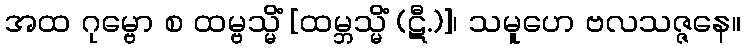
အထ ဂုမ္ဗော စ ထမ္ဗသ္မိံ [ထမ္ဘသ္မိံ (ဋီ.)]၊ သမူဟေ ဗလသဇ္ဇနေ။